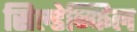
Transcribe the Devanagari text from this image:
सिल्डेन्फिल